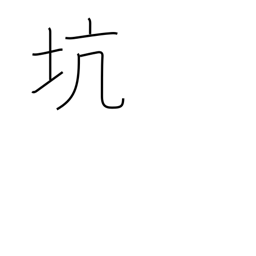
Meaning: hole